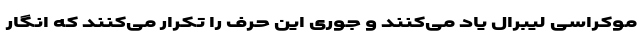
موکراسی لیبرال یاد می‌کنند و جوری این حرف را تکرار می‌کنند که انگار